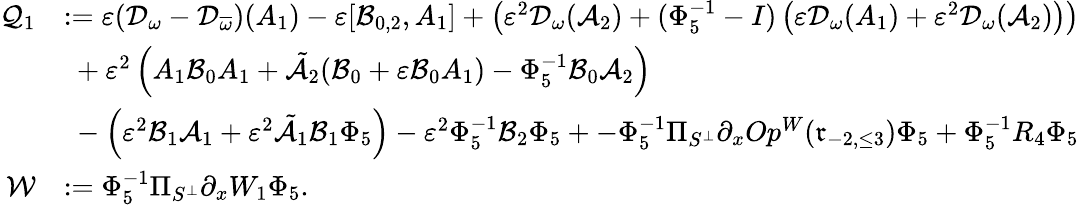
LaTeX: \begin{array}{rl}{\mathcal{Q}_{1}}&{:=\varepsilon(\mathcal{D}_{\omega}-\mathcal{D}_{\overline{{\omega}}})(A_{1})-\varepsilon[\mathcal{B}_{0,2},A_{1}]+\left(\varepsilon^{2}\mathcal{D}_{\omega}(\mathcal{A}_{2})+(\Phi_{5}^{-1}-I)\left(\varepsilon\mathcal{D}_{\omega}(A_{1})+\varepsilon^{2}\mathcal{D}_{\omega}(\mathcal{A}_{2})\right)\right)}\\ &{\ +\varepsilon^{2}\left(A_{1}\mathcal{B}_{0}A_{1}+\tilde{\mathcal{A}_{2}}(\mathcal{B}_{0}+\varepsilon\mathcal{B}_{0}A_{1})-\Phi_{5}^{-1}\mathcal{B}_{0}\mathcal{A}_{2}\right)}\\ &{\ -\left(\varepsilon^{2}\mathcal{B}_{1}\mathcal{A}_{1}+\varepsilon^{2}\tilde{\mathcal{A}}_{1}\mathcal{B}_{1}\Phi_{5}\right)-\varepsilon^{2}\Phi_{5}^{-1}\mathcal{B}_{2}\Phi_{5}+-\Phi_{5}^{-1}\Pi_{S^{\perp}}\partial_{x}Op^{W}(\mathfrak{r}_{-2,\le 3})\Phi_{5}+\Phi_{5}^{-1}R_{4}\Phi_{5}}\\ {\mathcal{W}}&{:=\Phi_{5}^{-1}\Pi_{S^{\perp}}\partial_{x}W_{1}\Phi_{5}.}\end{array}